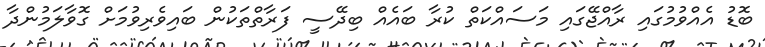
ބޮޑު އެއްވުމުގައި ރާއްޖޭގައި މަސައްކަތް ކުރާ ބައެއް ބިދޭސީ ފަރާތްތަކުން ބައިވެރިވުމަށް ގޮވާލަމުންދާ